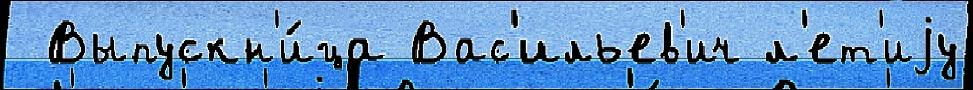
 Выпускн'и́ца Вас'ильев'ич л'ет'иjу